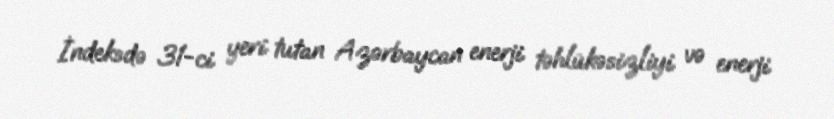
İndeksdə 31-ci yeri tutan Azərbaycan enerji təhlükəsizliyi və enerji